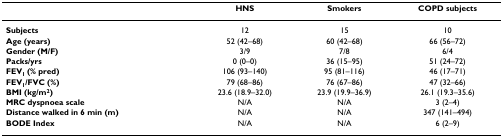
<table><thead><tr><td></td><td><b>HNS</b></td><td><b>Smokers</b></td><td><b>COPD subjects</b></td></tr></thead><tbody><tr><td><b>Subjects</b></td><td>12</td><td>15</td><td>10</td></tr><tr><td><b>Age (years)</b></td><td>52 (42–68)</td><td>60 (42–68)</td><td>66 (56–72)</td></tr><tr><td><b>Gender (M/F)</b></td><td>3/9</td><td>7/8</td><td>6/4</td></tr><tr><td><b>Packs/yrs</b></td><td>0 (0–0)</td><td>36 (15–95)</td><td>51 (24–72)</td></tr><tr><td><b>FEV<sub>1 </sub>(% pred)</b></td><td>106 (93–140)</td><td>95 (81–116)</td><td>46 (17–71)</td></tr><tr><td><b>FEV<sub>1</sub>/FVC (%)</b></td><td>79 (68–86)</td><td>76 (67–86)</td><td>47 (32–66)</td></tr><tr><td><b>BMI (kg/m<sup>2</sup>)</b></td><td>23.6 (18.9–32.0)</td><td>23.9 (19.9–36.9)</td><td>26.1 (19.3–35.6)</td></tr><tr><td><b>MRC dyspnoea scale</b></td><td>N/A</td><td>N/A</td><td>3 (2–4)</td></tr><tr><td><b>Distance walked in 6 min (m)</b></td><td>N/A</td><td>N/A</td><td>347 (141–494)</td></tr><tr><td><b>BODE Index</b></td><td>N/A</td><td>N/A</td><td>6 (2–9)</td></tr></tbody></table>